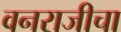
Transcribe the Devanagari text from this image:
वनराजीचा